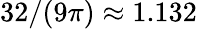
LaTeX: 32/(9\pi)\approx 1.132